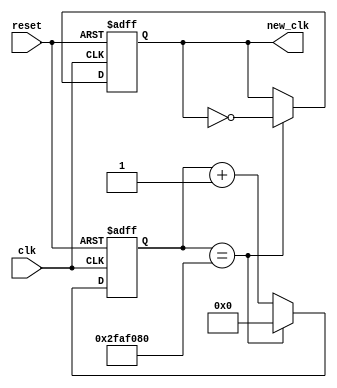

module Cntr_Unit (
	input      clk    ,
	input      reset  ,
	output reg new_clk
);
	reg [31:0] r_reg;
	always @ (posedge clk, posedge reset)begin
		if (reset) begin
			r_reg   <= 0;
			new_clk <= 0;
		end else begin
			if (r_reg == 50000000) begin //10000000
				new_clk <= ~new_clk;
				r_reg   <= 0;
			end else begin
				new_clk <= new_clk;
				r_reg   <= r_reg + 1;
			end
		end
	end
endmodule